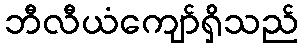
ဘီလီယံကျော်ရှိသည်